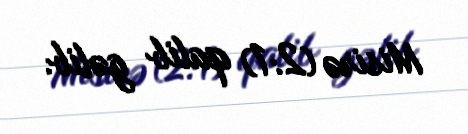
Misirə (2:1) qalib gəlib.